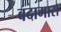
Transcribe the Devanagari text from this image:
बदामास